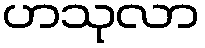
ဟသုလာ